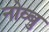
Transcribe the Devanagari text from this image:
नोव्बु